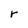
Character: r